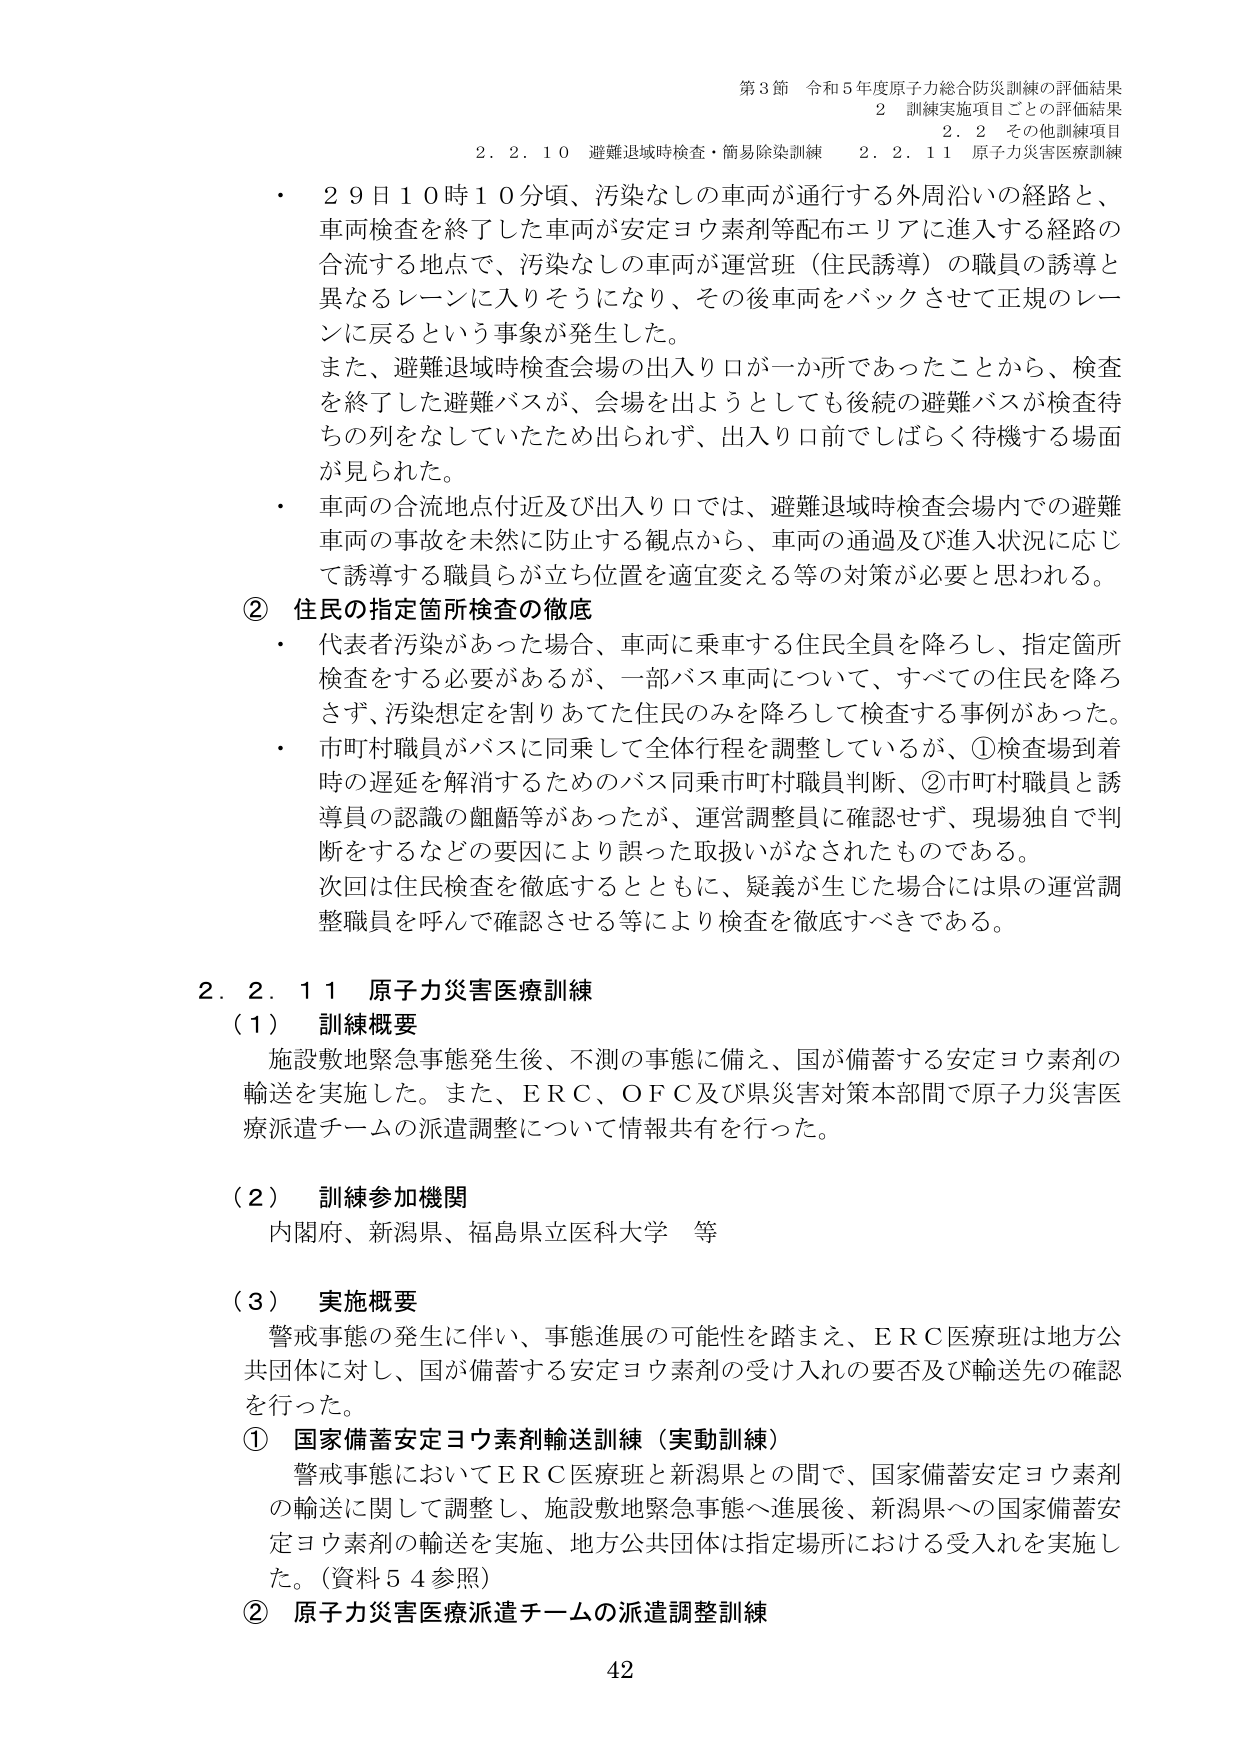
第3節 令和5年度原子力総合防災訓練の評価結果
2 訓練実施項目ごとの評価結果
2.2 その他訓練項目
2.2.10 避難退域時検査・簡易除染訓練 2.2.11 原子力災害医療訓練

・ 29日10時10分頃、汚染なしの車両が通行する外周沿いの経路と、
車両検査を終了した車両が安定ヨウ素剤等配布エリアに進入する経路の
合流する地点で、汚染なしの車両が運営班（住民誘導）の職員の誘導と
異なるレーンに入りそうになり、その後車両をバックさせて正規のレーンに戻るという事象が発生した。
また、避難退域時検査会場の出入り口が一か所であったことから、検査を終了した避難バスが、会場を出ようとしても後続の避難バスが検査待ちの列をなしていたため出られず、出入り口前でしばらく待機する場面が見られた。

・ 車両の合流地点付近及び出入り口では、避難退域時検査会場内での避難車両の事故を未然に防止する観点から、車両の通過及び進入状況に応じて誘導する職員らが立ち位置を適宜変える等の対策が必要と思われる。

② 住民の指定箇所検査の徹底
・ 代表者汚染があった場合、車両に乗車する住民全員を降ろし、指定箇所検査をする必要があるが、一部バス車両について、すべての住民を降ろさず、汚染想定を割りあてた住民のみを降ろして検査する事例があった。
・ 市町村職員がバスに同乗して全体行程を調整しているが、①検査場到着時の遅延を解消するためのバス同乗市町村職員判断、②市町村職員と誘導員の認識の齟齬等があったが、運営調整員に確認せず、現場独自で判断をするなどの要因により誤った取扱いがなされたものである。
次回は住民検査を徹底するとともに、疑義が生じた場合には県の運営調整職員を呼んで確認させる等により検査を徹底すべきである。

2.2.11 原子力災害医療訓練
（1） 訓練概要
施設敷地緊急事態発生後、不測の事態に備え、国が備蓄する安定ヨウ素剤の輸送を実施した。また、ERC、OFC及び県災害対策本部間で原子力災害医療派遣チームの派遣調整について情報共有を行った。

（2） 訓練参加機関
内閣府、新潟県、福島県立医科大学 等

（3） 実施概要
警戒事態の発生に伴い、事態進展の可能性を踏まえ、ERC医療班は地方公共団体に対し、国が備蓄する安定ヨウ素剤の受け入れの要否及び輸送先の確認を行った。
① 国家備蓄安定ヨウ素剤輸送訓練（実動訓練）
警戒事態においてERC医療班と新潟県との間で、国家備蓄安定ヨウ素剤の輸送に関して調整し、施設敷地緊急事態へ進展後、新潟県への国家備蓄安定ヨウ素剤の輸送を実施、地方公共団体は指定場所における受入れを実施した。（資料54参照）
② 原子力災害医療派遣チームの派遣調整訓練

42